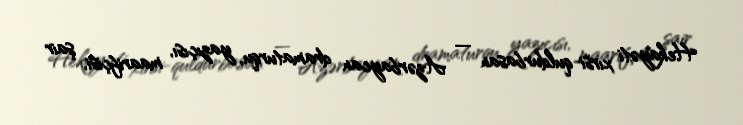
Hekayəti xırsi-quldurbasan — Azərbaycan dramaturqu, yazıçısı, maarifçisi, şair